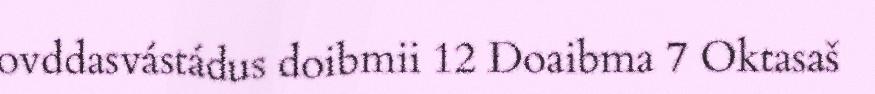
ovddasvástádus doibmii 12 Doaibma 7 Oktasaš